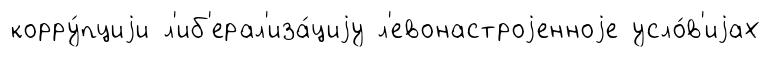
корру́пциjи л'иб'ерал'иза́циjу л'евонастроjенноjе усло́в'иjах